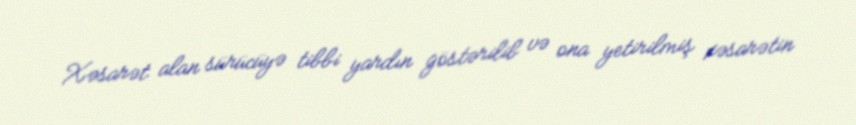
Xəsarət alan sürücüyə tibbi yardın göstərilib və ona yetirilmiş xəsarətin